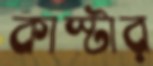
কাস্টার